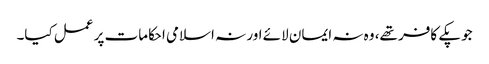
جو پکے کافر تھے، وہ نہ ایمان لائے اور نہ اسلامی احکامات پر عمل کیا۔